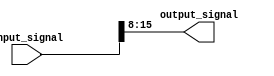
module bit_select_assign (
    input [31:0] input_signal,
    output reg [7:0] output_signal
);

always @* begin
    output_signal = input_signal[15:8]; // Assign bits 15 to 8 from input_signal to output_signal
end

endmodule